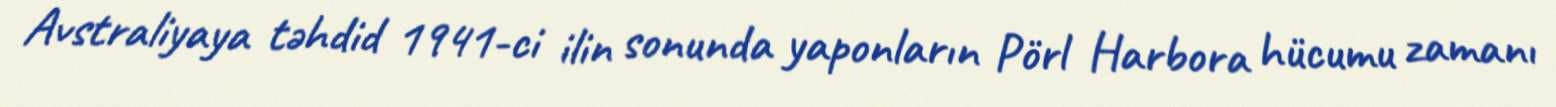
Avstraliyaya təhdid 1941-ci ilin sonunda yaponların Pörl Harbora hücumu zamanı